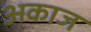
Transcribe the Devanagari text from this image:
अकाज